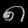
Digit: ၈